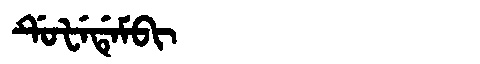
Manchu: ᡩᡠᡶᡝᡩᡝᠮᠪᡳ
Romanization: DUFEDEMBI